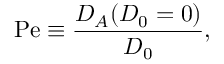
\mathrm { P e } \equiv \frac { D _ { A } ( D _ { 0 } = 0 ) } { D _ { 0 } } ,